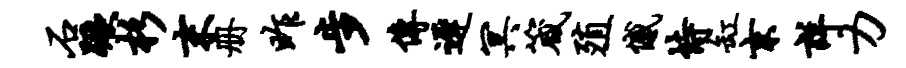
石蹶杉末册昨步传迟冥箴殖憾恃缸京详力